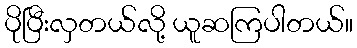
ပိုပြီးလှတယ်လို့ ယူဆကြပါတယ်။